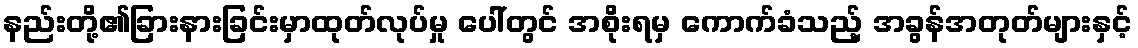
နည်းတို့၏ခြားနားခြင်းမှာထုတ်လုပ်မှု ပေါ်တွင် အစိုးရမှ ကောက်ခံသည့် အခွန်အတုတ်များနှင့်